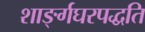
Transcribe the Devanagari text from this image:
शाङ्‌र्गघरपद्धति